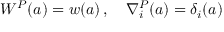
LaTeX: W ^ { P } ( a ) = w ( a ) \, , \quad \nabla _ { i } ^ { P } ( a ) = \delta _ { i } ( a )